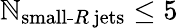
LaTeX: \mathbb{N}_{\textrm{{small-}}R\, \textrm{{jets}}}\leq5